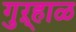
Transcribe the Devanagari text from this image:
गुऱ्हाळ